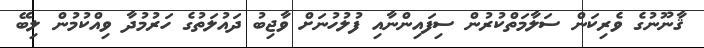
ޤާނޫނުގެ ވެރިކަން ސަލާމަތްކުރުން ސިފައިންނާއި ފުލުހުނަށް ވާޖިބު ދައުލަތުގެ ހަރުމުދާ ވިއްކުމުން ލިބޭ